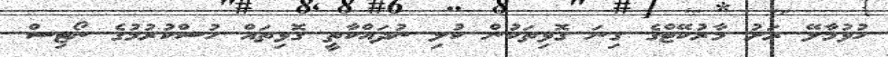
ހުޅުމާލޭ ރަށު މާރުކޭޓްގެ ގިނަ ގޮޅިތަކުން ކުލި ނުދައްކާތީ ގޮޅިތައް ހުސްކުރުމުގެ ނޯޓިސް